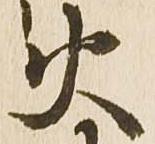
火